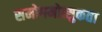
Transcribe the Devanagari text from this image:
समोगमोत्सुकता